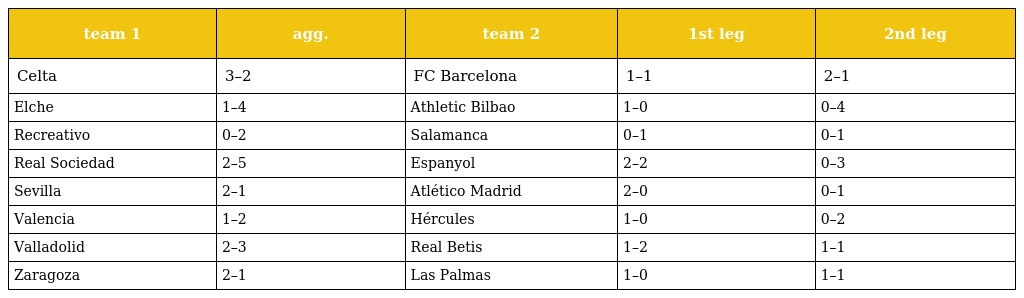
| team 1 | agg. | team 2 | 1st leg | 2nd leg |
 | --- | --- | --- | --- | --- |
 | Celta | 3–2 | FC Barcelona | 1–1 | 2–1 |
 | Elche | 1–4 | Athletic Bilbao | 1–0 | 0–4 |
 | Recreativo | 0–2 | Salamanca | 0–1 | 0–1 |
 | Real Sociedad | 2–5 | Espanyol | 2–2 | 0–3 |
 | Sevilla | 2–1 | Atlético Madrid | 2–0 | 0–1 |
 | Valencia | 1–2 | Hércules | 1–0 | 0–2 |
 | Valladolid | 2–3 | Real Betis | 1–2 | 1–1 |
 | Zaragoza | 2–1 | Las Palmas | 1–0 | 1–1 |